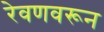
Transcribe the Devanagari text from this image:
रेवणवरून